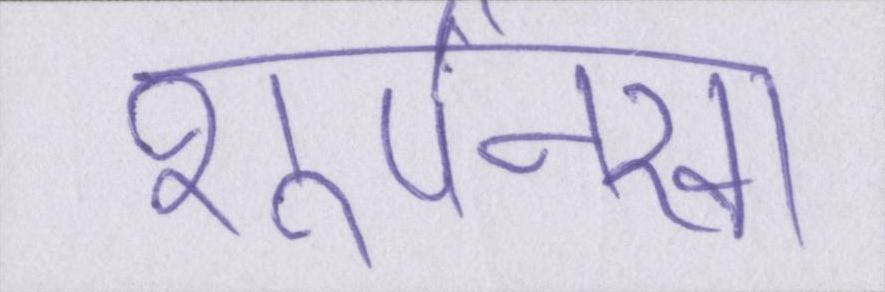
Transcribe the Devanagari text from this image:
शूर्पनखा